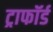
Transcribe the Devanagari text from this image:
ट्राफॉर्ड